Ranna_vallavalitsus, lk 7
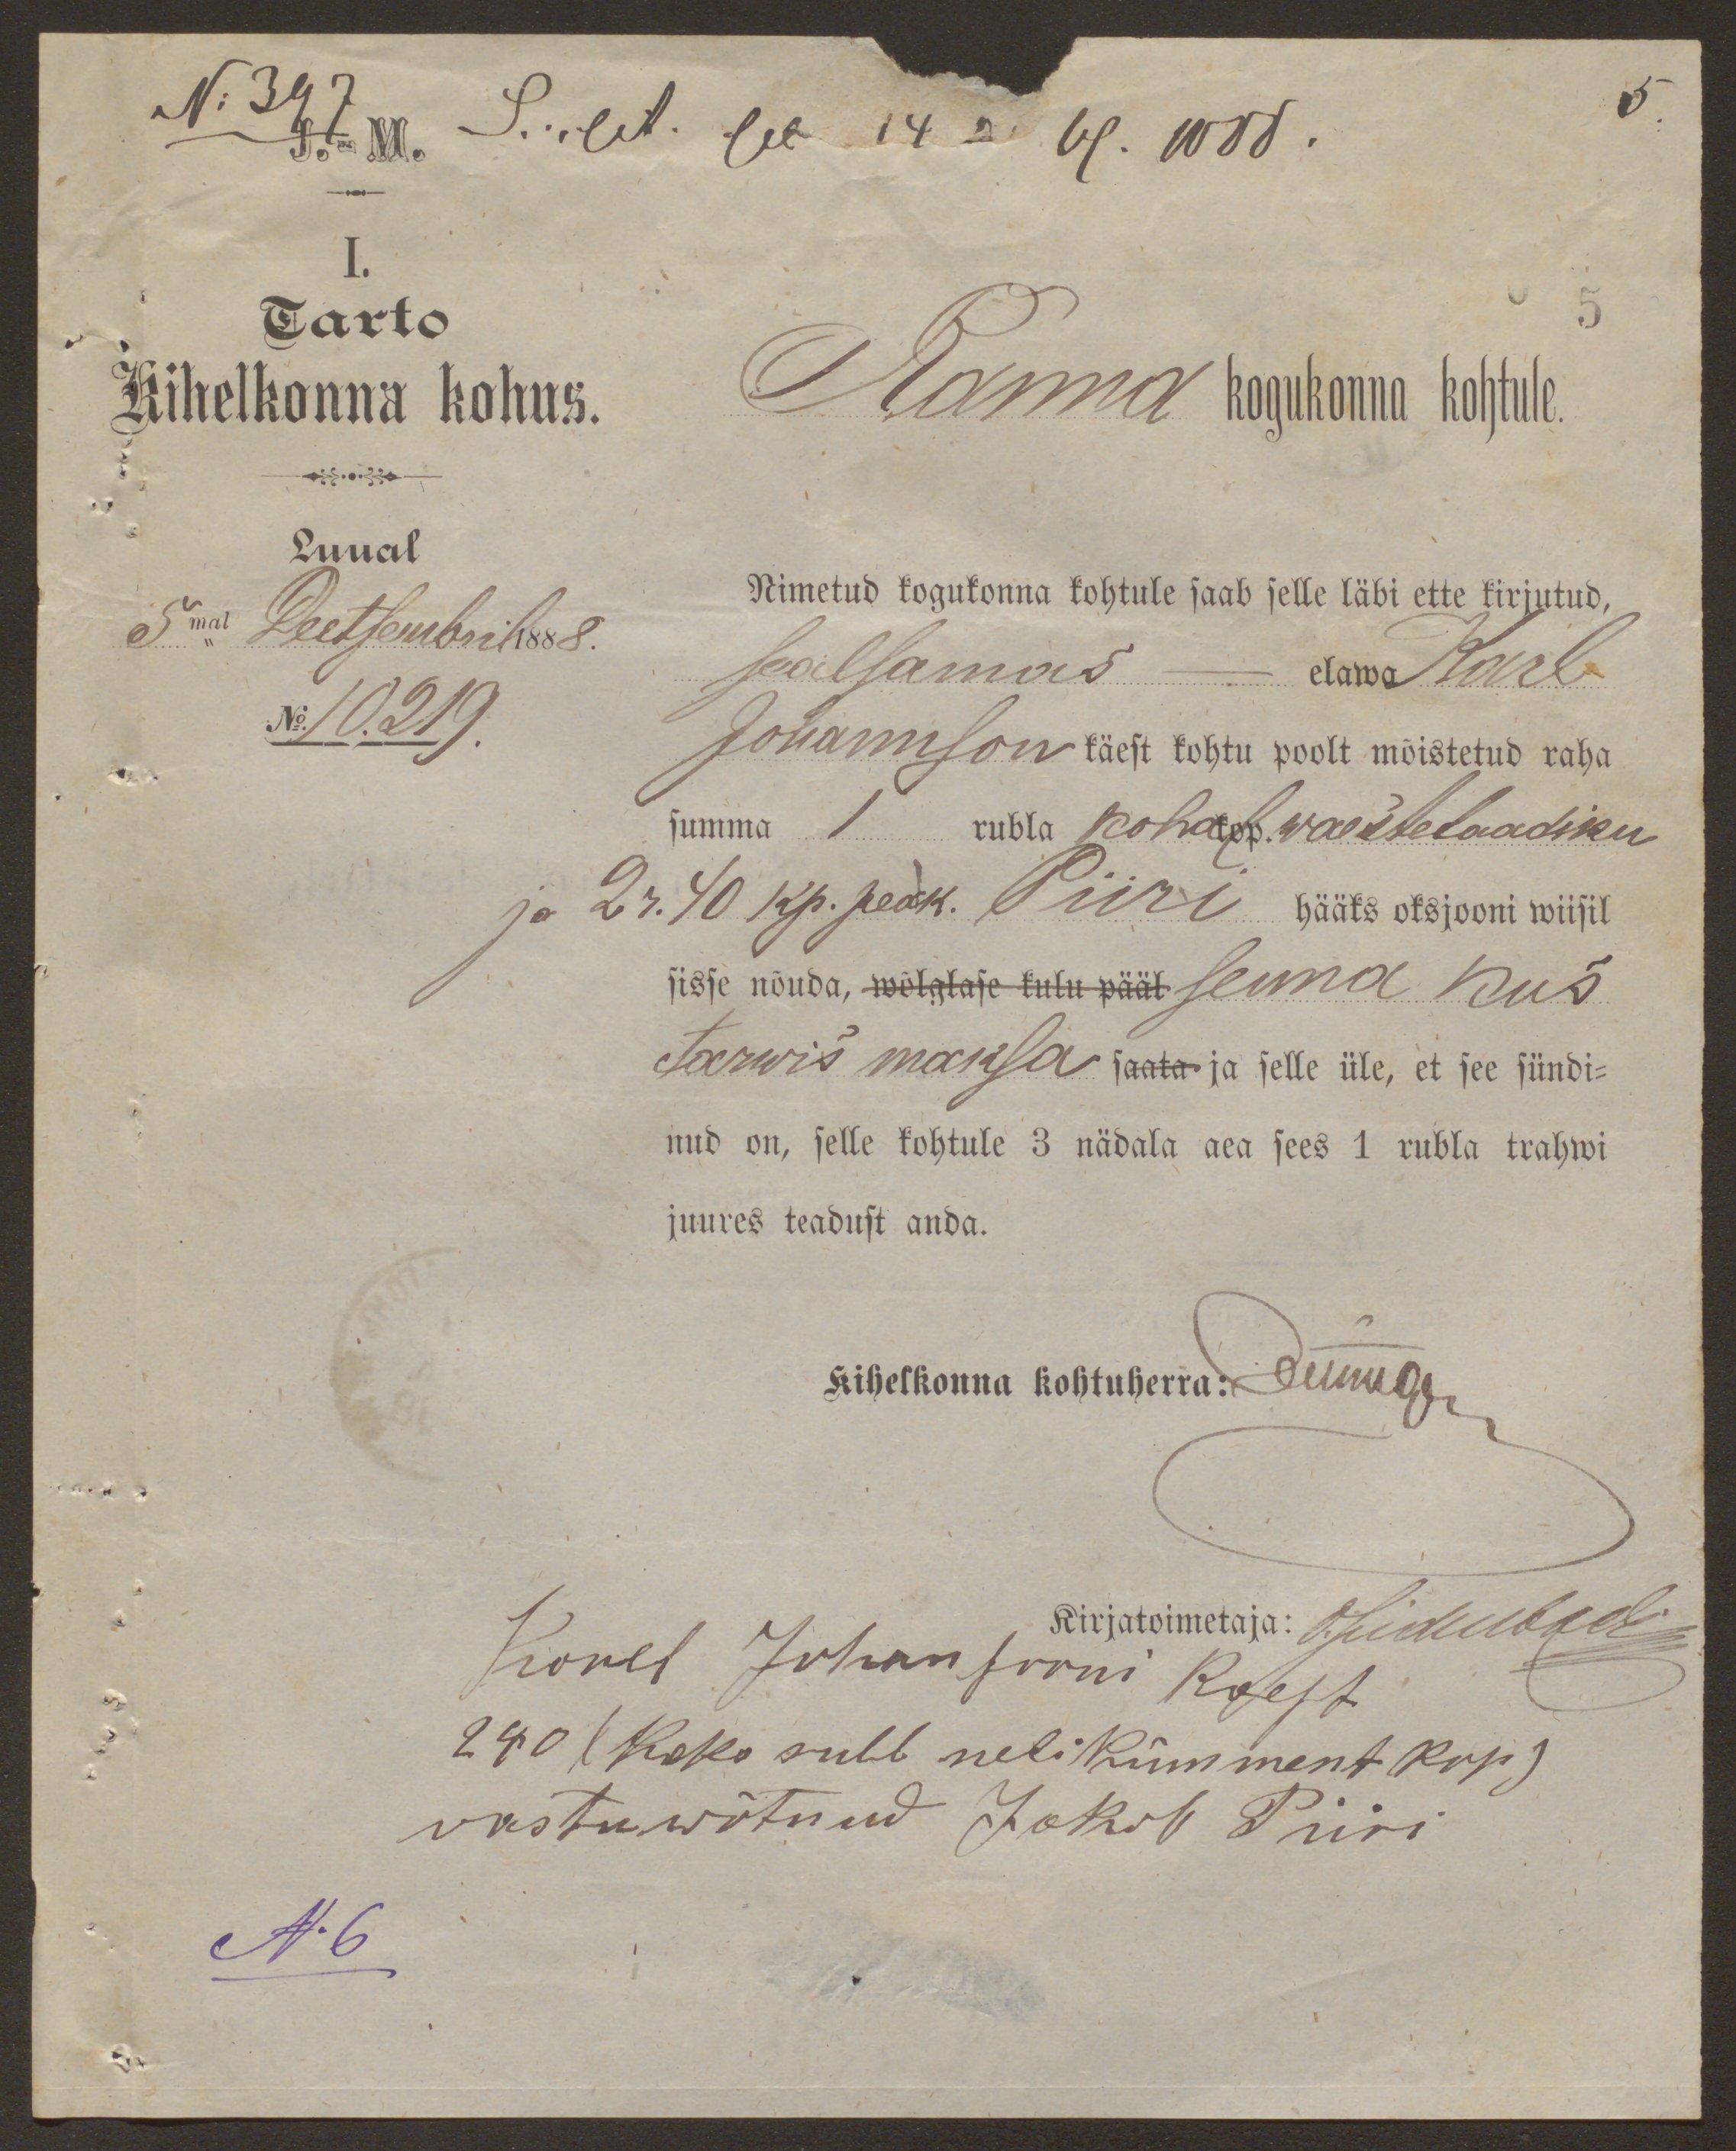
5.

I.
Tarto
Kihelkonna kohus
Luual
5mal Detsembril 1888
No 10.219.

Ranna kogukonna kohtule.
5
Nimetatud kogukonna kohtule saab selle läbi ette kirjutud,
sealsamas- elawa Karl
Johannson käest kohtu poolt mõistetud raha
summa 1 rubla kohal kop. waestelaadiku
ja 2r. 40 Kp. peak. Piiri hääks oksjooni wiisil
sisse nõuda, wõlglase kulu pääl senna kus
tarwis maksa saata ja selle üle, et see sündi-
nud on selle kohtule 3 nädala aea sees 1 rubla trahwi
juures teadust anda.
kihelkonna kohtuherra: Ounuor
kirjatoimetaja: Judubgob
Karel Johansooni koest
240 (Kaks rubl nelikümment Kop)
vastuvõtnud Jakob Piiri
N.6